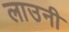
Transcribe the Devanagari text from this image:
लाउनी